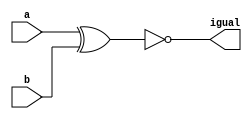
// ---------------
// Exemplo0023 - COMPARADOR DE IGUALDADE
// Nome: Josemar Alves Caetano
// Matrcula: 448662
// Data: 24/08/2012
// ----------------

//-----------------
// LU 01
// ----------------
module lu01(output igual, input a, input b);

xnor xnor1(igual, a, b);

endmodule //lu01

//-----------------
// moduloI
// ----------------
module moduloI(output [2:0]igual, input [2:0]a, input [2:0]b);

lu01 l1(igual[0], a[0], b[0]);
lu01 l2(igual[1], a[1], b[1]);
lu01 l3(igual[2], a[2], b[2]);

endmodule //moduloI

// ----------------
// test moduloI
// ----------------
module test_moduloI;

// ---------------- Definir dados
reg [2:0]x;
reg [2:0]y;
wire [2:0]igual;

// ---------------- Intncia
moduloI modulo1(igual, x, y);

// ---------------- Preparao
 initial begin: start
   x = 3'b000; y = 3'b001;
 end

// ---------------- Parte principal
 initial begin: main
  $display("Exemplo0023 - Josemar Alves Caetano - 448662.");
	$display("Test ALU's comparador de igualdade");

    $monitor("%b == %b? Resp.: %b", x, y, igual);


   #1 x = 3'b001; y = 3'b010;
   #1 x = 3'b010; y = 3'b011;
   #1 x = 3'b011; y = 3'b100;
   #1 x = 3'b100; y = 3'b101;
   #1 x = 3'b101; y = 3'b110;
   #1 x = 3'b110; y = 3'b111;
   #1 x = 3'b111; y = 3'b000;


 end //main
 
endmodule //test_moduloI